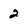
Character: 2